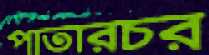
পাতারচর